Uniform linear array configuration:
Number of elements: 16
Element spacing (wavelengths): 0.25
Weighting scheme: binomial
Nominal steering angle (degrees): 0
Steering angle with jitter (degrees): -0.9697
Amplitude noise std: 0.05
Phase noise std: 0.05

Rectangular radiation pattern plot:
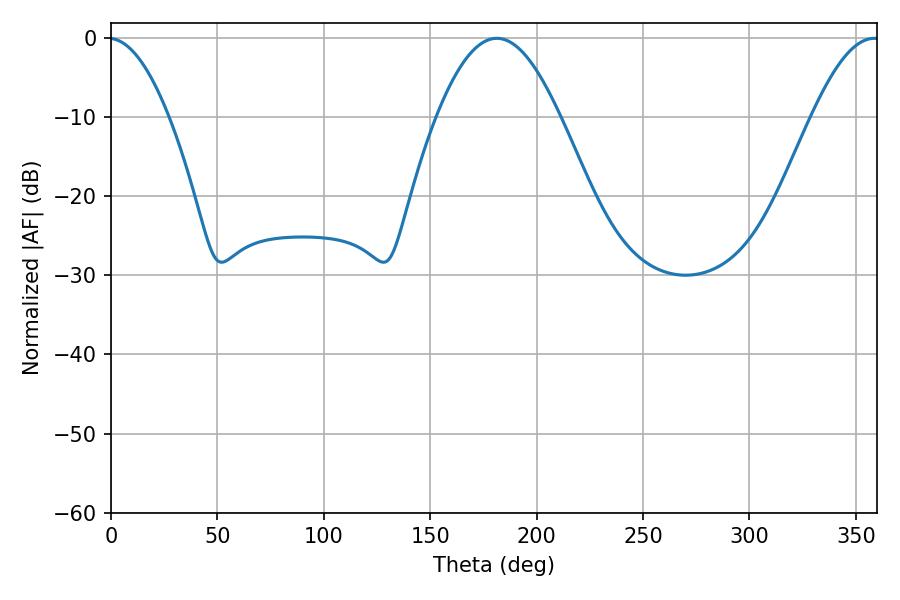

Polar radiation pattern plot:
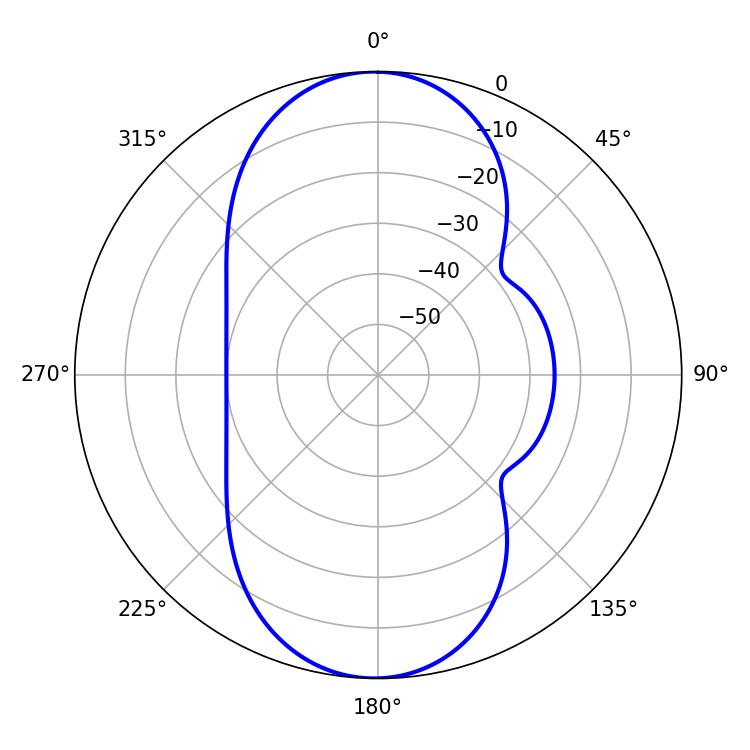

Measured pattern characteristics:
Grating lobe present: FALSE
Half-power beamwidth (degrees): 31.32
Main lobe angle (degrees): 181.26